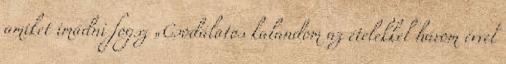
amiket imádni fogsz „Csodálatos kalandom az ételekkel három évvel